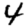
Digit: 4